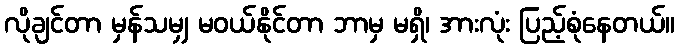
လိုချင်တာ မှန်သမျှ မဝယ်နိုင်တာ ဘာမှ မရှိ၊ အားလုံး ပြည့်စုံနေတယ်။